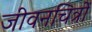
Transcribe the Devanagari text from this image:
जीवनचित्रों